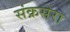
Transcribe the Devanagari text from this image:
संक्रसेरा